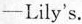
—Lily's.